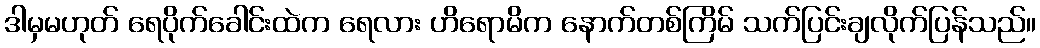
ဒါမှမဟုတ် ရေပိုက်ခေါင်းထဲက ရေလား ဟိရောမိက နောက်တစ်ကြိမ် သက်ပြင်းချလိုက်ပြန်သည်။